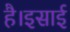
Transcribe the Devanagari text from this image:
है।इसाई